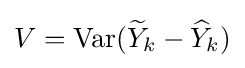
V=\operatorname {Var} ({\widetilde {Y}}_{k}-{\widehat {Y}}_{k})